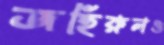
জহিরুলও